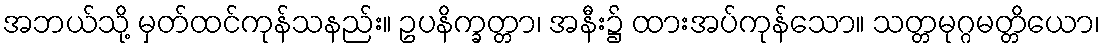
အဘယ်သို့ မှတ်ထင်ကုန်သနည်း။ ဥပနိက္ခတ္တာ၊ အနီး၌ ထားအပ်ကုန်သော။ သတ္တမုဂ္ဂမတ္တိယော၊